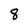
Character: 8